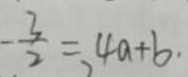
- \frac { 3 } { 2 } = 4 a + b